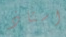
استاذ